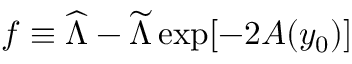
f \equiv { \widehat \Lambda } - { \widetilde \Lambda } \exp [ - 2 A ( y _ { 0 } ) ]